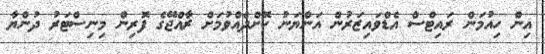
އިން ހިއުމަން ރައިޓްސް އެޑްވައިޒަރުން އަންޔަނު ކޮށްދެއްވުމަށް ޜާއްޖޭގެ ފޮރިން މިނިސްޓަރު ދުންޔާ